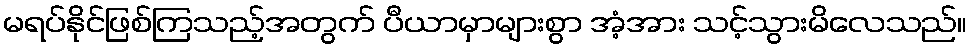
မရပ်နိုင်ဖြစ်ကြသည့်အတွက် ပီယာမှာများစွာ အံ့အား သင့်သွားမိလေသည်။